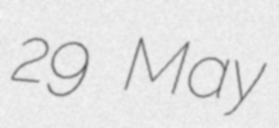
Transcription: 29 May